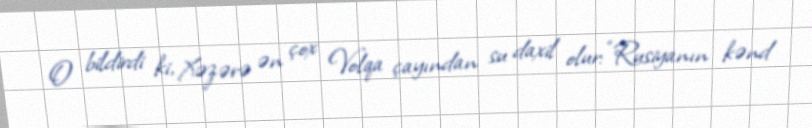
O bildirdi ki, Xəzərə ən çox Volqa çayından su daxil olur: “Rusiyanın kənd